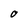
Character: O